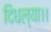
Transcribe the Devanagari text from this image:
दिधल्या।।